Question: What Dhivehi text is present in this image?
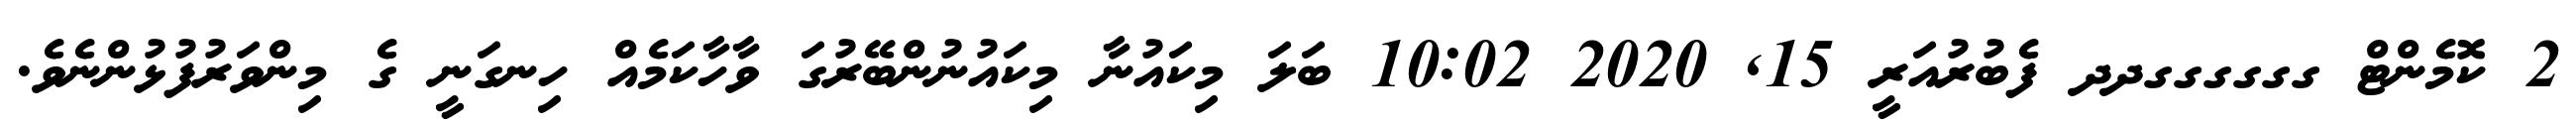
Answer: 2 ކޮމެންޓް ގގގގގގދދ ފެބުރުއަރީ 15, 2020 10:02 ބަލަ މިކައުނާ މިކައުނުންބޭރުގަ ވާހާކަމެއް ހިނގަނީ ގެ މިންވަރުފުޅުންނެވެ.